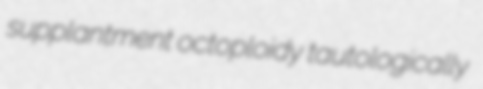
supplantment octoploidy tautologically